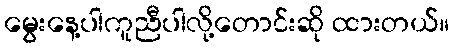
မွေးနေ့ပါကူညီပါလို့တောင်းဆို ထားတယ်။